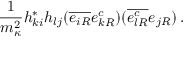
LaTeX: \frac { 1 } { m _ { \kappa } ^ { 2 } } h _ { k i } ^ { * } h _ { l j } ( \overline { { { e _ { i R } } } } e _ { k R } ^ { c } ) ( \overline { { { e _ { l R } ^ { c } } } } e _ { j R } ) \, .